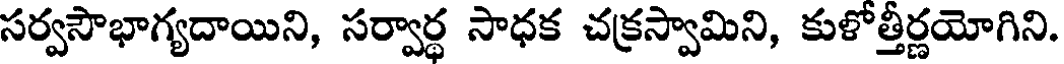
సర్వసౌభాగ్యదాయిని, సర్వార్థ సాధక చక్రస్వామిని, కుళోత్తీర్ణయోగిని.